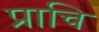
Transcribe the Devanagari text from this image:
प्राचि